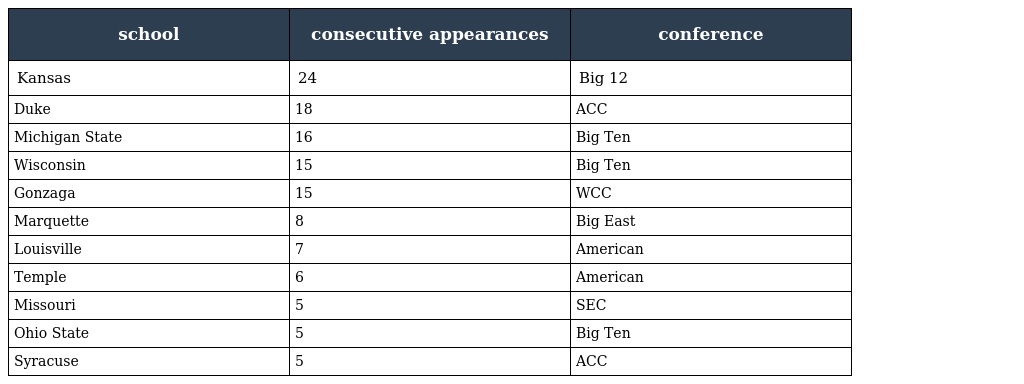
| school | consecutive appearances | conference |
 | --- | --- | --- |
 | Kansas | 24 | Big 12 |
 | Duke | 18 | ACC |
 | Michigan State | 16 | Big Ten |
 | Wisconsin | 15 | Big Ten |
 | Gonzaga | 15 | WCC |
 | Marquette | 8 | Big East |
 | Louisville | 7 | American |
 | Temple | 6 | American |
 | Missouri | 5 | SEC |
 | Ohio State | 5 | Big Ten |
 | Syracuse | 5 | ACC |